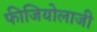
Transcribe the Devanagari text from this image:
फीजियोलाजी